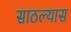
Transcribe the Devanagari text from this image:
साठल्यास